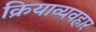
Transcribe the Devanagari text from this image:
क्रियाव्यवहार